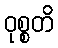
ဝုစ္စတိ